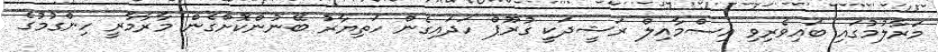
މަރާލުމުގައި ބައިވެރިވި އިސްމާއިލް ރަޝީދަކީ ގުރޫޕް ހަދައިގެން ހަތިޔާރު ބޭނުންކޮށްގެން މާރާމާރީ ހިންގުމުގެ